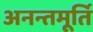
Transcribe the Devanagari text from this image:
अनन्तमूर्ति